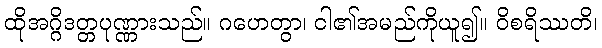
ထိုအဂ္ဂိဒတ္တပုဏ္ဏားသည်။ ဂဟေတွာ၊ ငါ၏အမည်ကိုယူ၍။ ဝိစရိဿတိ၊